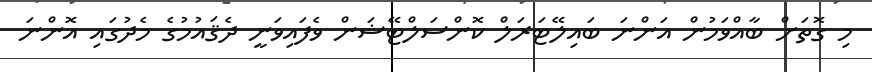
މި ގޮތަށް ބާއްވަމުން އަންނަ ބައިލޭޓަރަލް ކޮންސަލްޓޭޝަން ވެފައިވަނީ ދެޤައުމުގެ މެދުގައި އޮންނަ